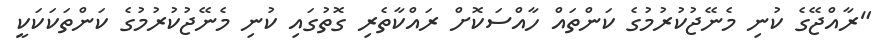
"ރާއްޖޭގެ ކުނި މެނޭޖުކުރުމުގެ ކަންތައް ހާއްސަކޮށް ރައްކާތެރި ގޮތުގައި ކުނި މެނޭޖުކުރުމުގެ ކަންތަކަކަކީ